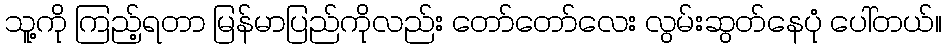
သူ့ကို ကြည့်ရတာ မြန်မာပြည်ကိုလည်း တော်တော်လေး လွမ်းဆွတ်နေပုံ ပေါ်တယ်။